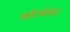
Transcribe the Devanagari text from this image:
कोल्चेस्टर